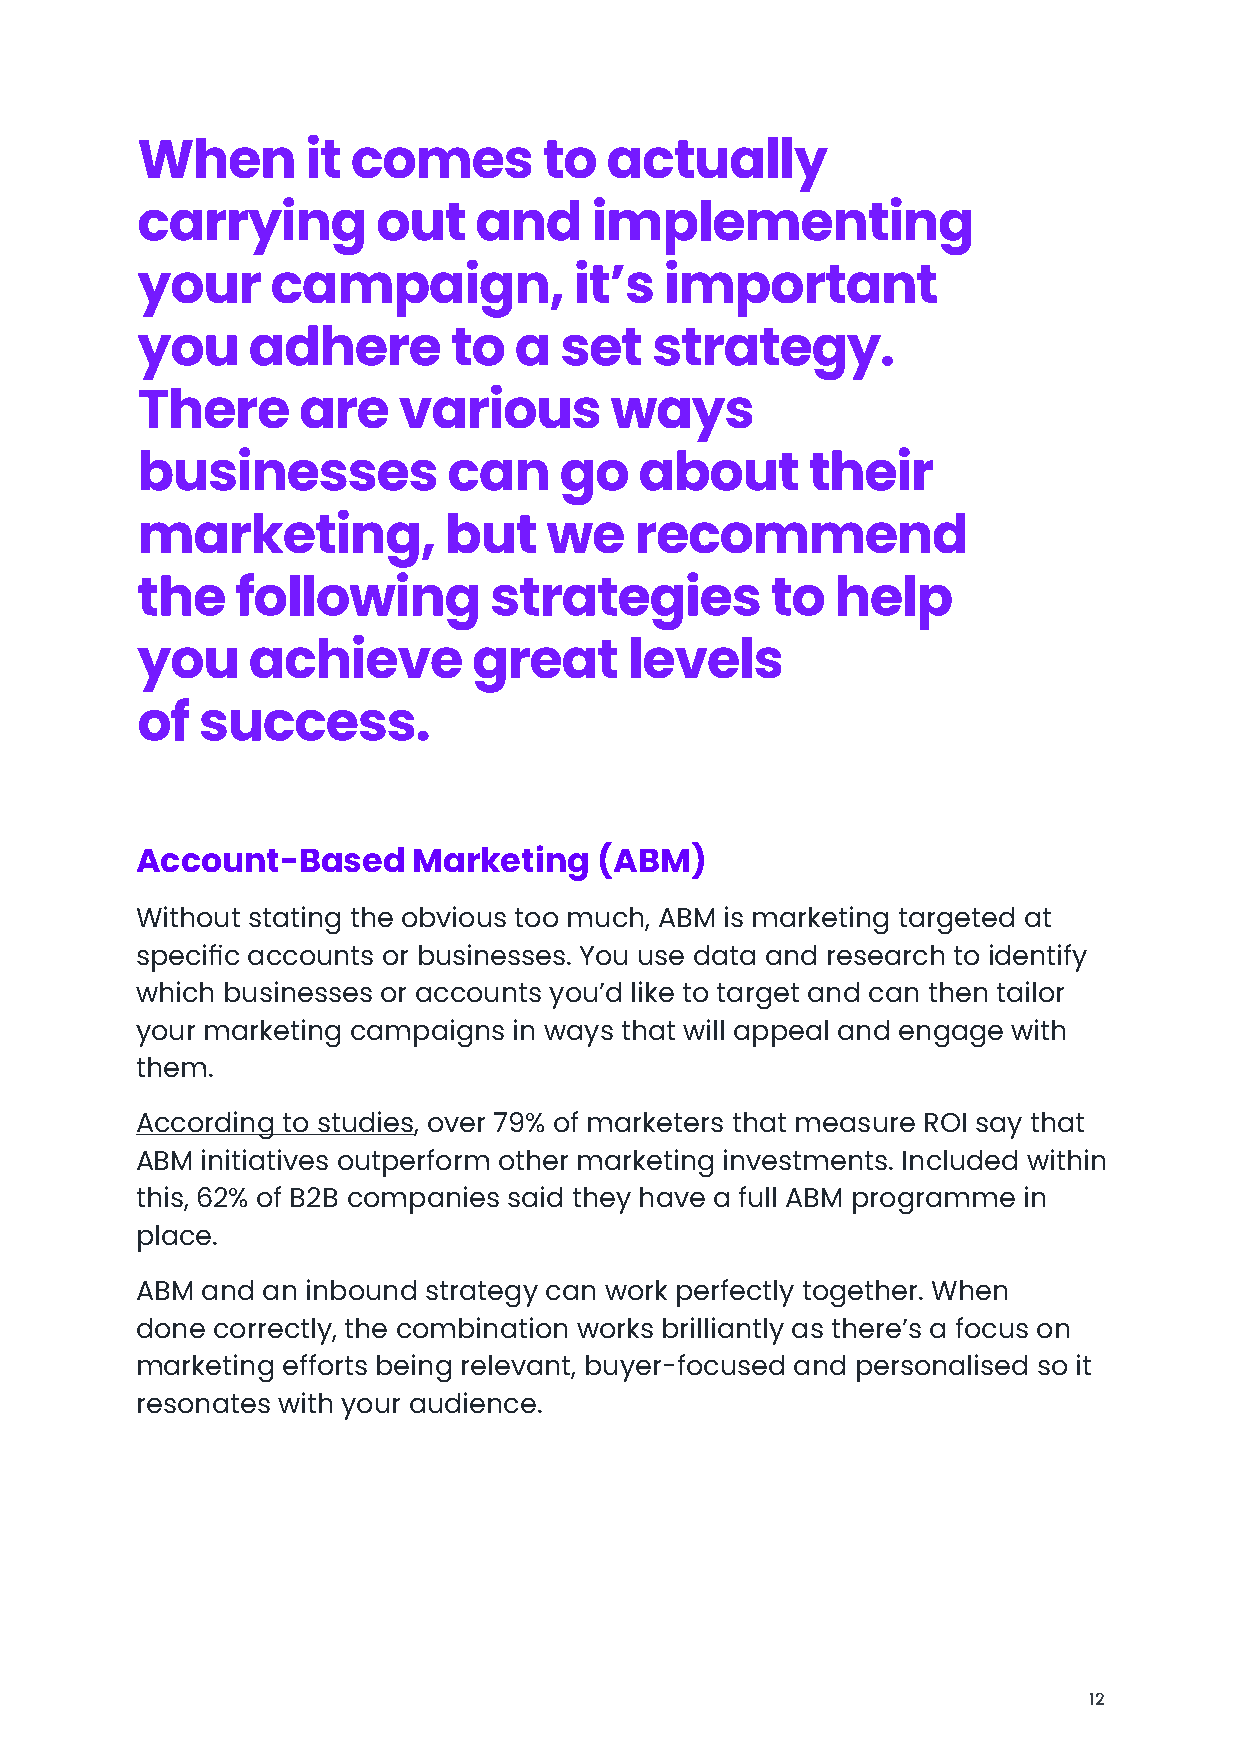
When       it comes        to  actually
 carrying        out   and     implementing
 your     campaign,           it’s  important
 you    adhere        to  a  set   strategy.
 There      are   various       ways
 businesses           can    go   about      their
 marketing,          but    we    recommend
 the    following       strategies         to  help
 you    achieve        great      levels
 of  success.
 Account-Based     Marketing    (ABM)
 Without stating the obvious too much, ABM is marketing targeted at
 specific accounts or businesses. You use data and research to identify
 which businesses or accounts you’d like to target and can then tailor
 your marketing campaigns in ways that will appeal and engage with
 them.
 According to studies, over 79% of marketers that measure ROI say that
 ABM initiatives outperform other marketing investments. Included within
 this, 62% of B2B companies said they have a full ABM programme in
 place.
 ABM and an inbound strategy can work perfectly together. When
 done correctly, the combination works brilliantly as there’s a focus on
 marketing efforts being relevant, buyer-focused and personalised so it
 resonates with your audience.
 12